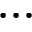
\dots